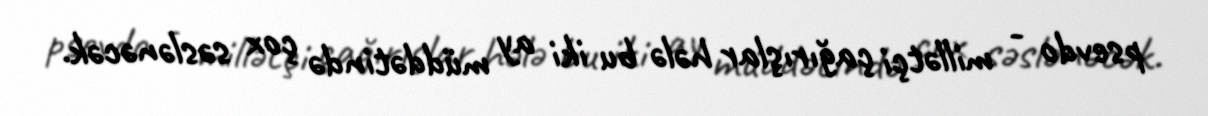
psevdo - millətçi çağırışlar hələ bu iki ay müddətində çox səslənəcək.